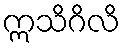
ဣသိဂိလိ